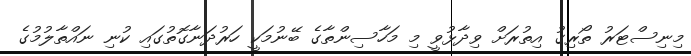
މިނިސްޓަރު ތޯރިގު އިތުރަށް ވިދާޅުވީ މި މަހާސިންތާގެ ބޭނުމަކީ ހަރުދަނާގޮތުގައި ކުނި ނައްތާލުމުގެ